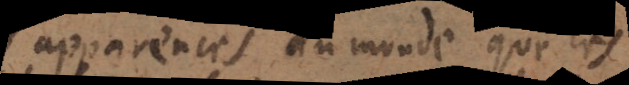
apparences du monde que les